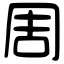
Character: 周